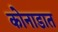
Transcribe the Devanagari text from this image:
कोनाडात